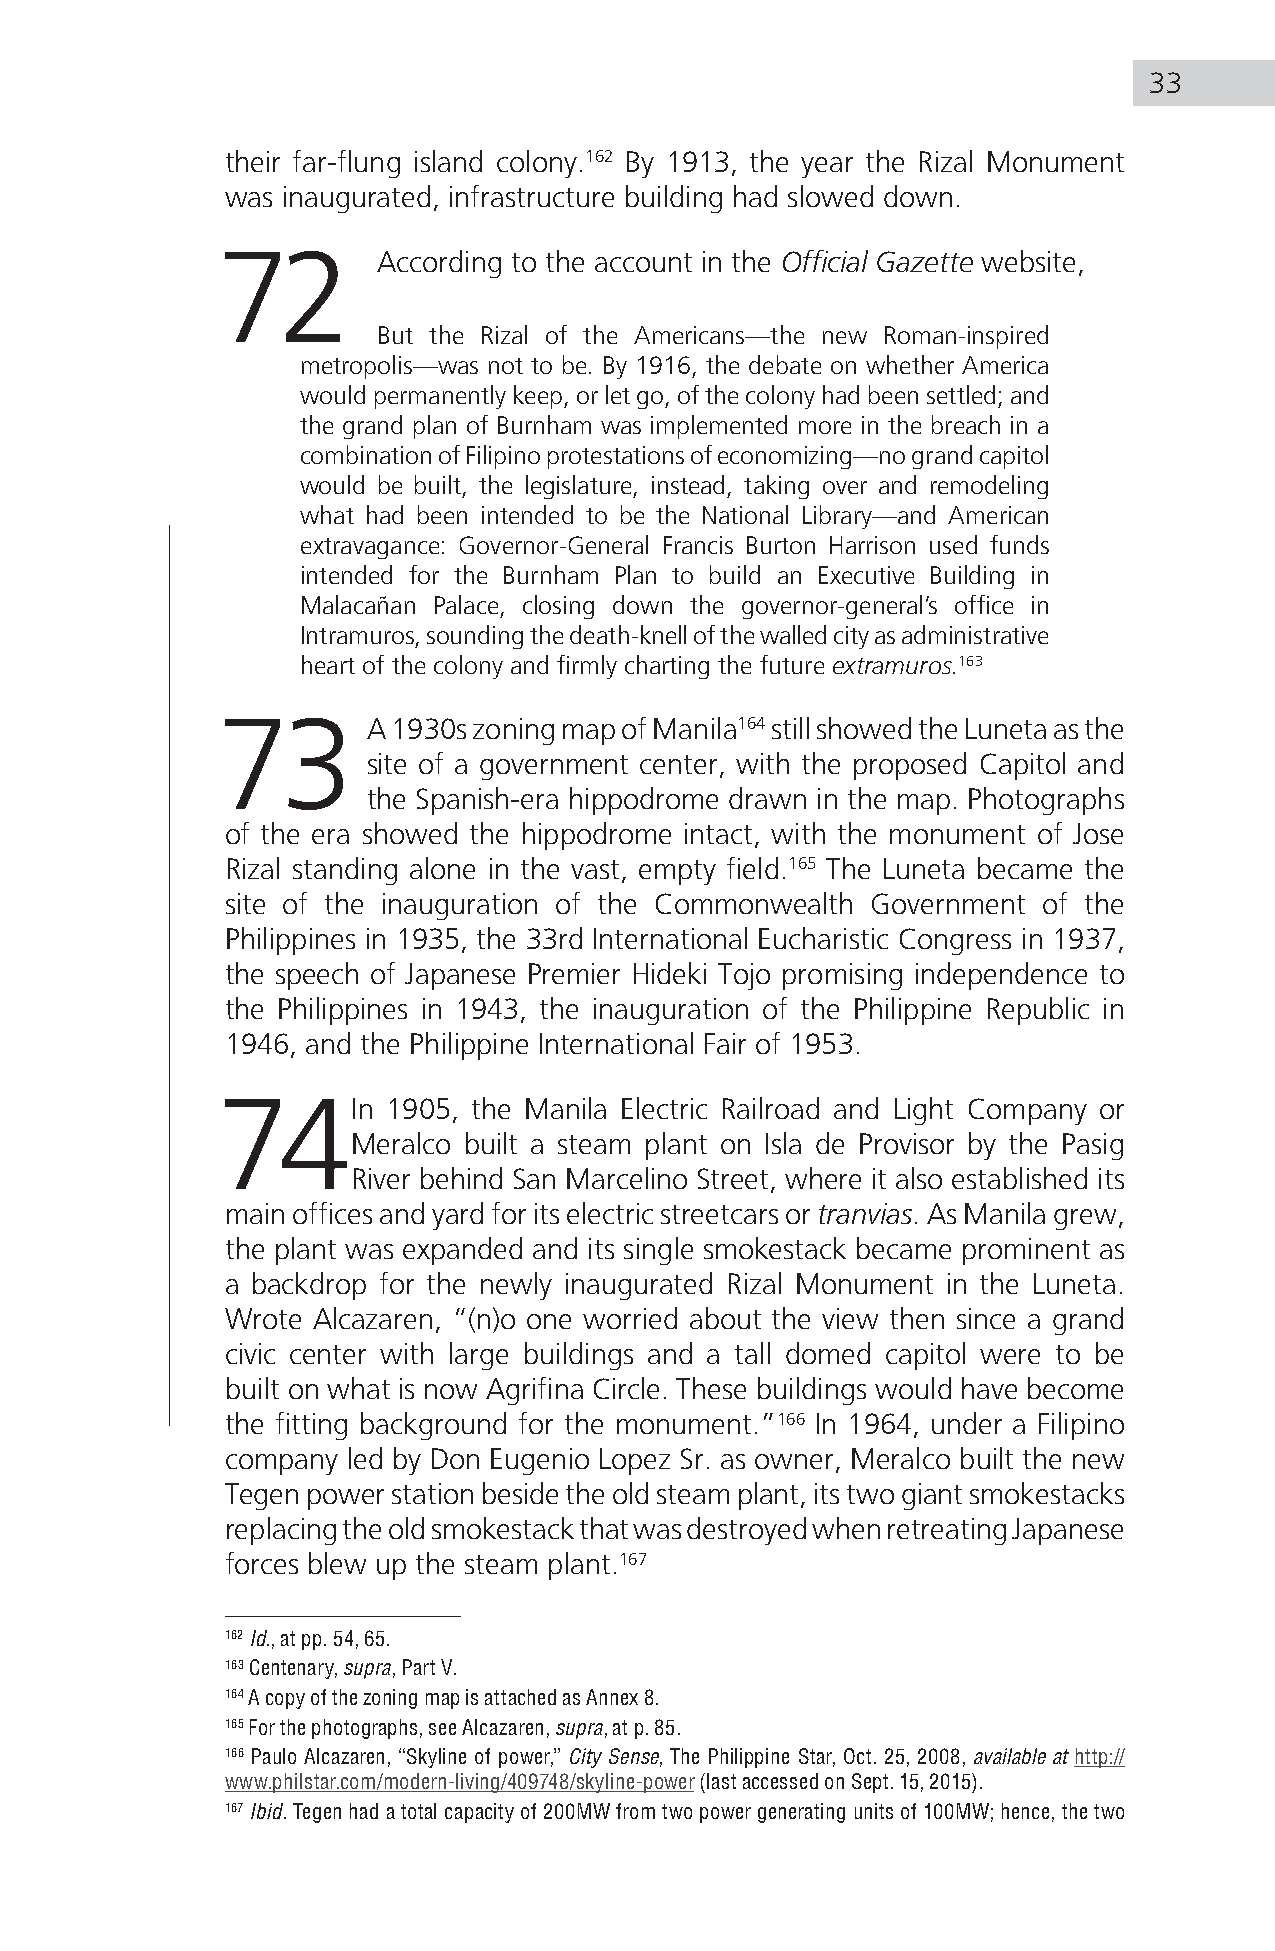
33
 their far-flung island colony.162 By 1913, the year the Rizal Monument
 was inaugurated, infrastructure building had slowed down.
 72         According to the account in the Official Gazette website,
 But the Rizal of the Americans—the new Roman-inspired
 metropolis—was not to be. By 1916, the debate on whether America
 would permanently keep, or let go, of the colony had been settled; and
 the grand plan of Burnham was implemented more in the breach in a
 combination of Filipino protestations of economizing—no grand capitol
 would be built, the legislature, instead, taking over and remodeling
 what had been intended to be the National Library—and American
 extravagance: Governor-General Francis Burton Harrison used funds
 intended for the Burnham Plan to build an Executive Building in
 Malacañan Palace, closing down the governor-general’s office in
 Intramuros, sounding the death-knell of the walled city as administrative
 heart of the colony and firmly charting the future extramuros.163
 73        A 1930s zoning map of Manila164 still showed the Luneta as the
 site of a government center, with the proposed Capitol and
 the Spanish-era hippodrome drawn in the map. Photographs
 of the era showed the hippodrome intact, with the monument of Jose
 Rizal standing alone in the vast, empty field.165 The Luneta became the
 site of the inauguration of the Commonwealth Government of the
 Philippines in 1935, the 33rd International Eucharistic Congress in 1937,
 the speech of Japanese Premier Hideki Tojo promising independence to
 the Philippines in 1943, the inauguration of the Philippine Republic in
 1946, and the Philippine International Fair of 1953.
 74In        1905, the Manila Electric Railroad and Light Company or
 Meralco built a steam plant on Isla de Provisor by the Pasig
 River behind San Marcelino Street, where it also established its
 main offices and yard for its electric streetcars or tranvias. As Manila grew,
 the plant was expanded and its single smokestack became prominent as
 a backdrop for the newly inaugurated Rizal Monument in the Luneta.
 Wrote Alcazaren, “(n)o one worried about the view then since a grand
 civic center with large buildings and a tall domed capitol were to be
 built on what is now Agrifina Circle. These buildings would have become
 the fitting background for the monument.”166 In 1964, under a Filipino
 company led by Don Eugenio Lopez Sr. as owner, Meralco built the new
 Tegen power station beside the old steam plant, its two giant smokestacks
 replacing the old smokestack that was destroyed when retreating Japanese
 forces blew up the steam plant.167
 162 Id., at pp. 54, 65.
 163 Centenary, supra, Part V.
 164 A copy of the zoning map is attached as Annex 8.
 165 For the photographs, see Alcazaren, supra, at p. 85.
 166 Paulo Alcazaren, “Skyline of power,” City Sense, The Philippine Star, Oct. 25, 2008, available at http://
 www.philstar.com/modern-living/409748/skyline-power (last accessed on Sept. 15, 2015).
 167 Ibid. Tegen had a total capacity of 200MW from two power generating units of 100MW; hence, the two